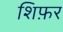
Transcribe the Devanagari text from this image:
शिफ़र